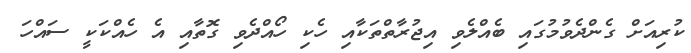
ކުރިއަށް ގެންދެވުމުގައި ބެއްލެވި އިޖުރާތްތަކާއި ހެކި ހޯއްދެވި ގޮތާއި އެ ހެއްކަކީ ސައްހަ